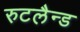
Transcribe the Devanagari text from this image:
रुटलैन्ड